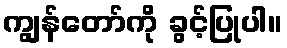
ကျွန်တော်ကို ခွင့်ပြုပါ။